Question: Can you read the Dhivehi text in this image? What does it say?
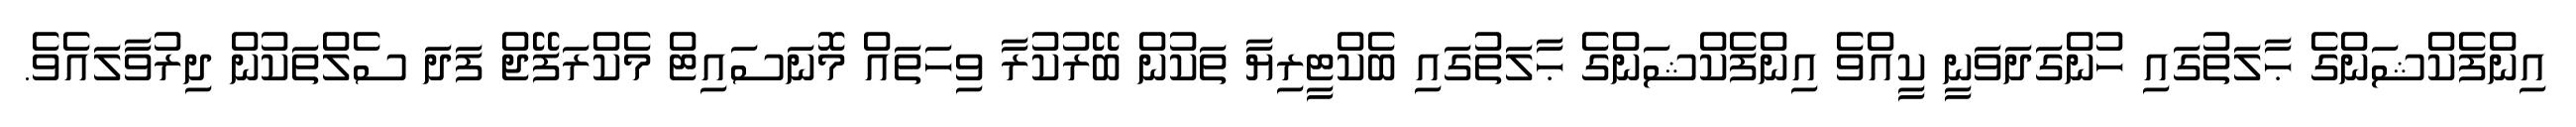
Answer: އިންފެކްޝަންގެ ޙާލަތުގައި ހުންގަދަވަނީ ކީއްވެ އިންފެކްޝަންގެ ޙާލަތުގައި ބެކްޓީރިޔާ ތަކުން ބޭރުކުރާ ވިހަތައް މޮނަސައިޓް މެކްރަފޭޖް ފަދަ ސެލްތަކުން ދިރުވާލައެވެ.